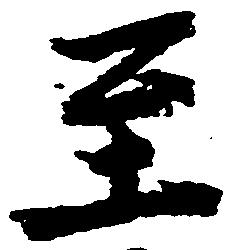
至